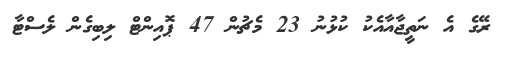
ރޭގެ އެ ނަތީޖާއާއެކު ކުޅުނު 23 މެޗުން 47 ޕޮއިންޓް ލިބިގެން ލެސްޓާ